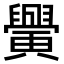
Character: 𦦴